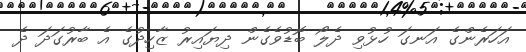
އަހަރެންގެ އަނގަ ހުޅުވި ދެލޯ ބޮޑުވެގެން ދިޔައިރު ޒާހިދުގެ އެ ބާރުގަދަ ދެ